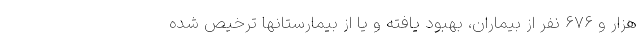
هزار و ۶۷۶ نفر از بیماران، بهبود یافته و یا از بیمارستانها ترخیص شده